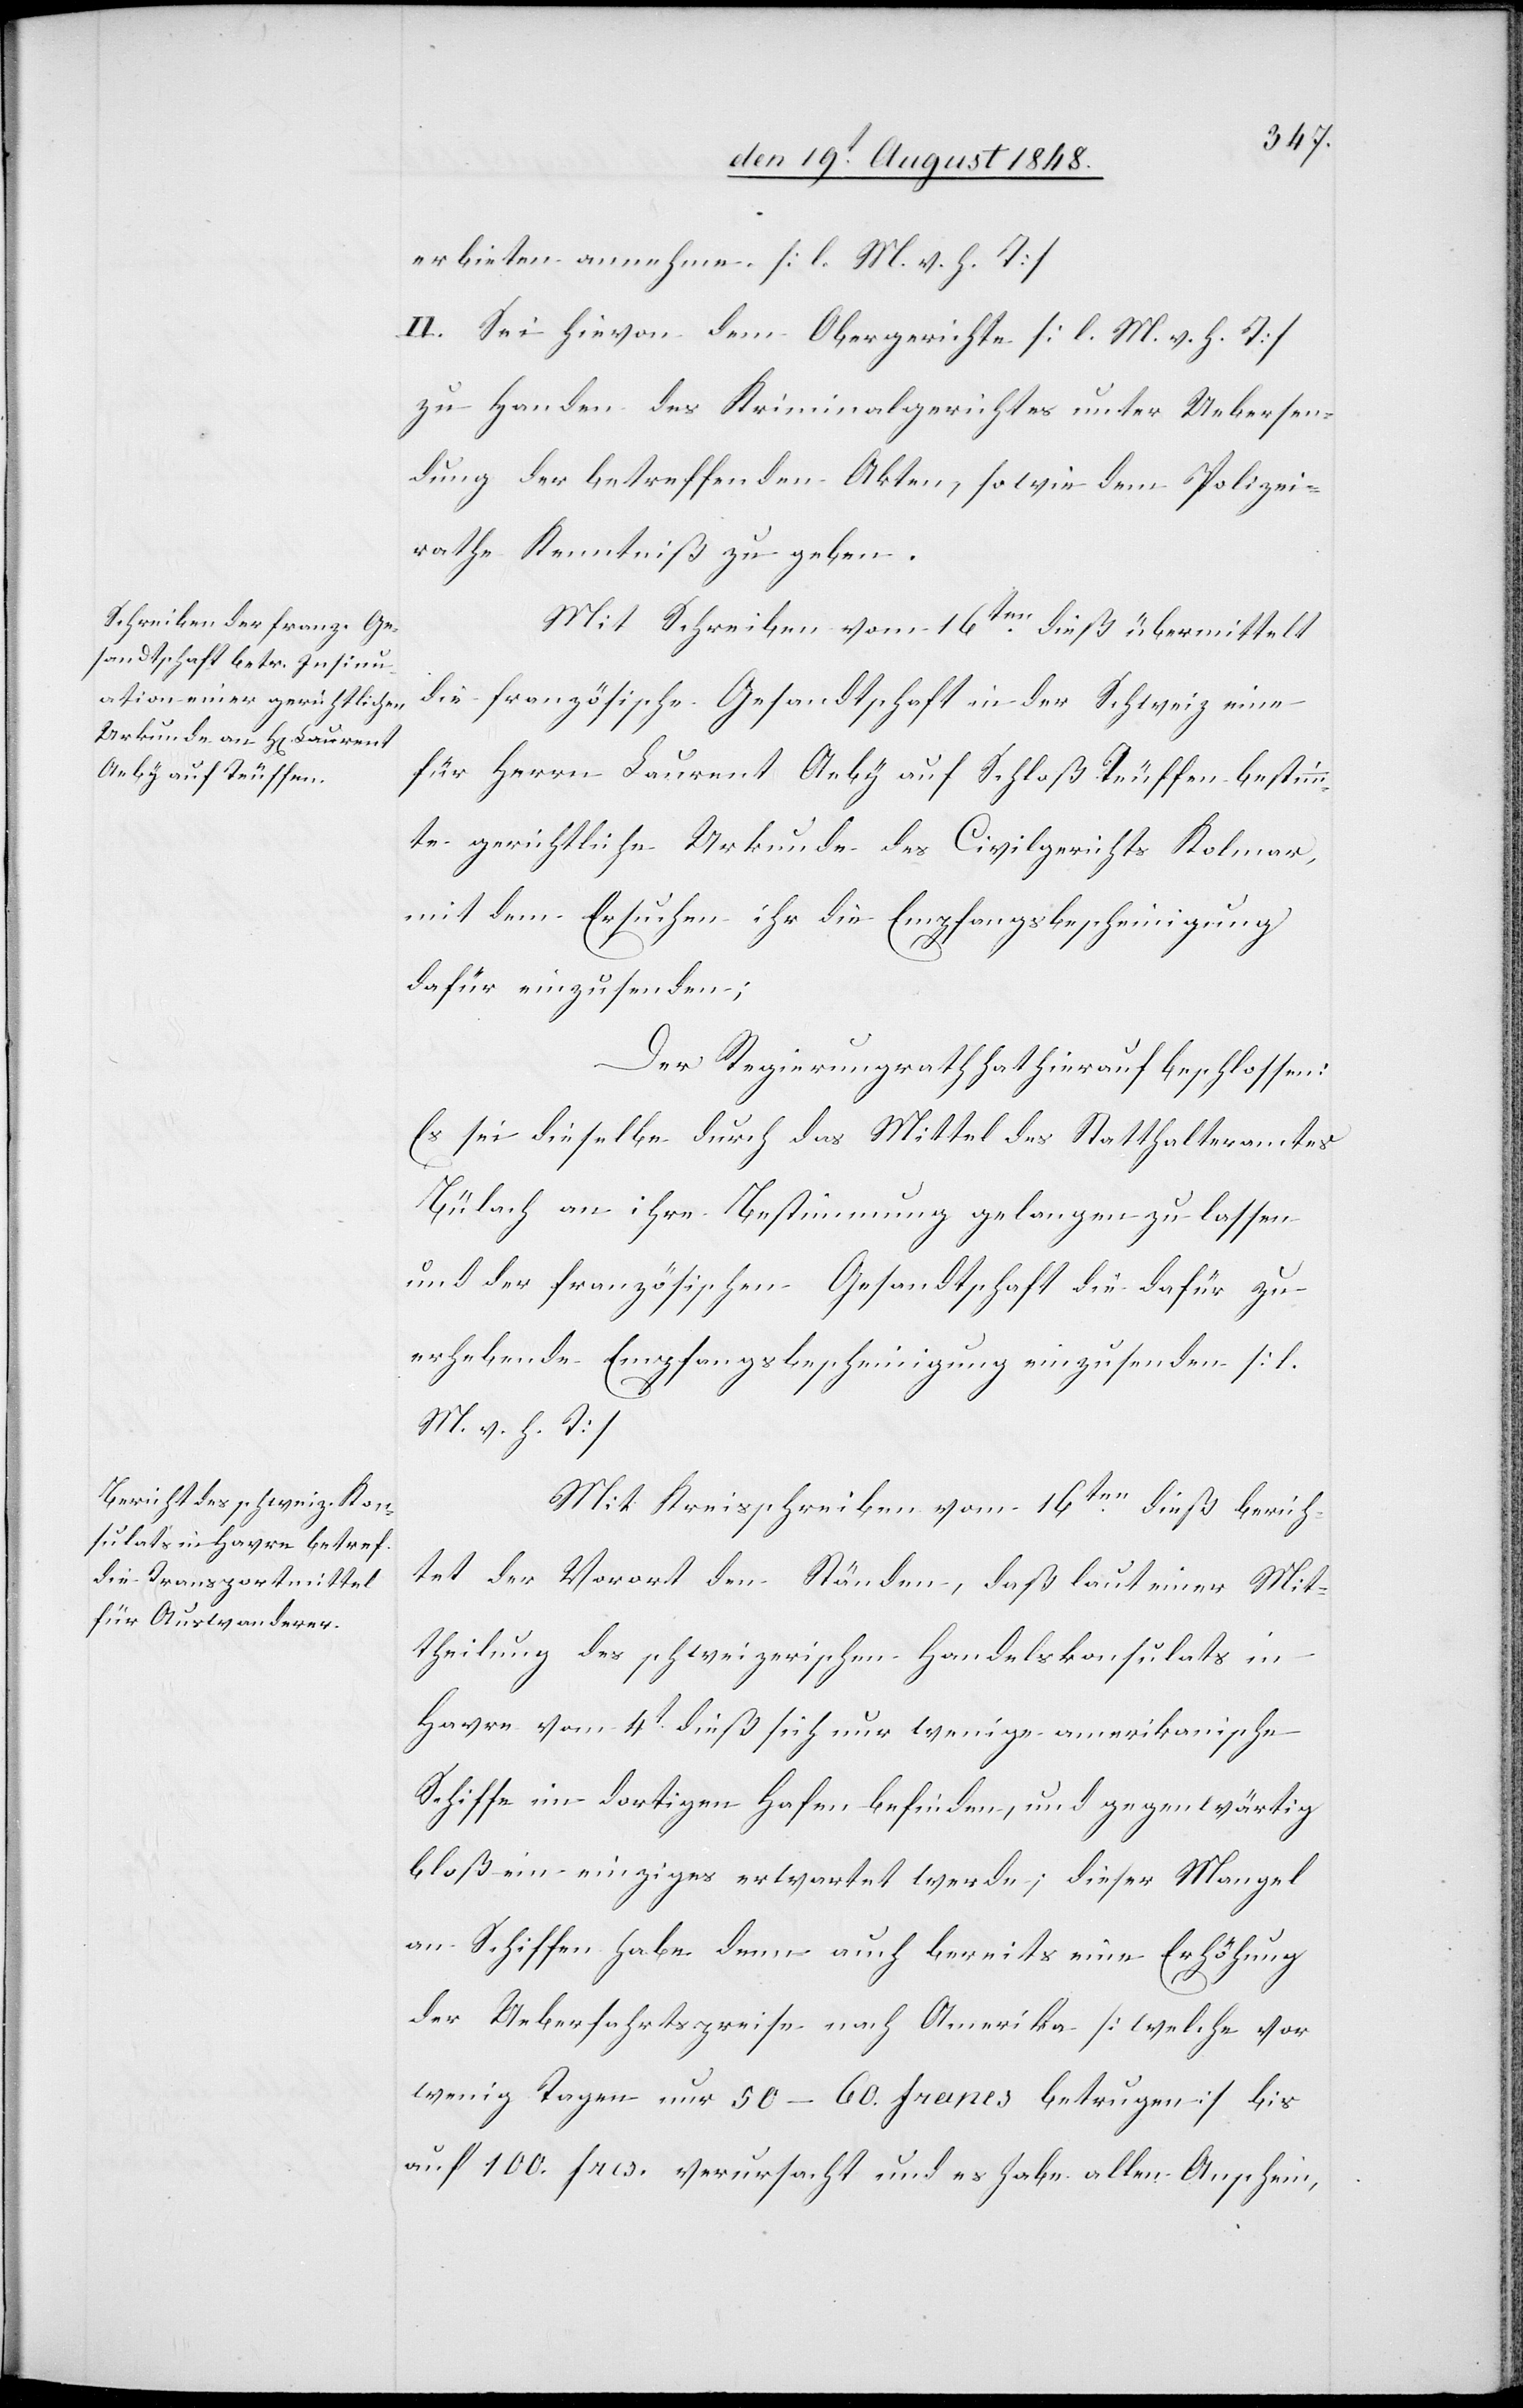
erbieten annehme. [l. M. v. h. T]
II. Sei hievon dem Obergericht [l. M. v. h. T]
zu Handen des Kriminalgerichtes unter Uebersen¬
dung der betreffenden Akten, sowie dem Polizei¬
rathe Kenntniß zu geben.
Mit Schreiben vom 16ten dieß übermittelt
die französische Gesandtschaft in der Schweiz eine
für Herrn Laurent Aeby auf Schloß Teuffen bestimm¬
te gerichtliche Urkunde des Civilgerichts Kolmar,
mit dem Ersuchen ihr die Empfangsbescheinigung
dafür einzusenden;
Der Regierungsrath hat hierauf beschlossen:
Es sei dieselbe durch das Mittel des Statthalteramtes
Bülach an ihre Bestimmung zu gelangen zu lassen
und der französischen Gesandtschaft die dafür zu
erhebende Empfangsbescheinigung einzusenden. [l.
M. v. h. T]
Mit Kreisschreiben vom 16ten dieß berich¬
tet der Vorort den Ständen, daß laut einer Mit¬
theilung des schweizerischen Handelskonsulats in
Havre vom 4t dieß sich nur wenige amerikanische
Schiffe im dortigen Hafen befinden, und gegenwärtig
bloß ein einziges erwartet werde; dieser Mangel
an Schiffen habe dann auch bereits eine Erhöhung
der Ueberfahrtspreise nach Amerika [welche vor
wenigen Tagen nur 50–60. francs betrugen] bis
auf 100. frcs. verursacht und es habe allen Anschein,